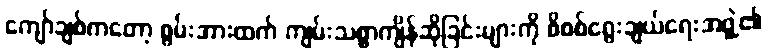
ကျော်ချစ်ကတော့ စွမ်းအားထက် ကျမ်းသစ္စာကျိန်ဆိုခြင်းများကို စိစစ်ရွေးချယ်ရေးအဖွဲ့၏